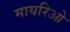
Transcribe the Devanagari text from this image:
मायरिओ